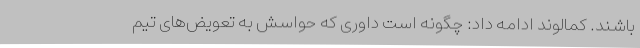
باشند. کمالوند ادامه داد: چگونه است داوری که حواسش به تعویض‌های تیم